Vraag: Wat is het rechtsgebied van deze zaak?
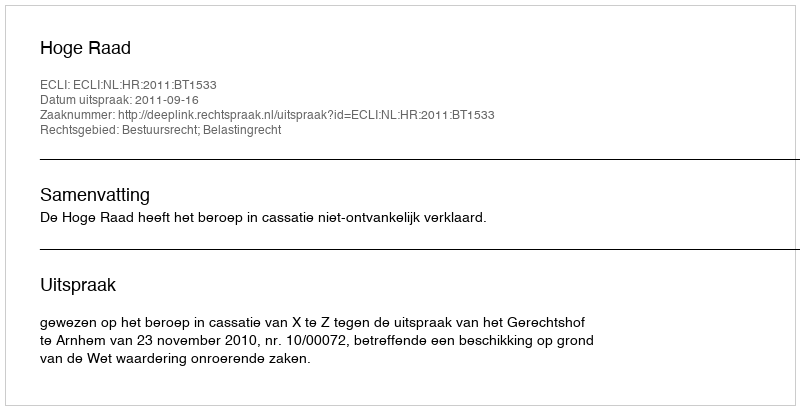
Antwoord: Bestuursrecht; Belastingrecht